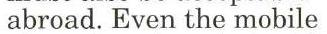
abroad. Even the mobile